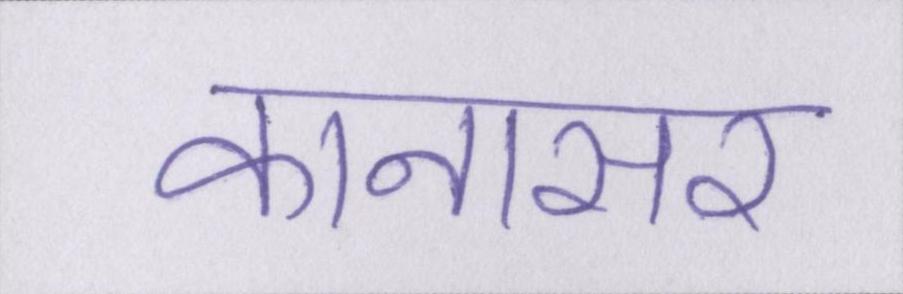
कानासर